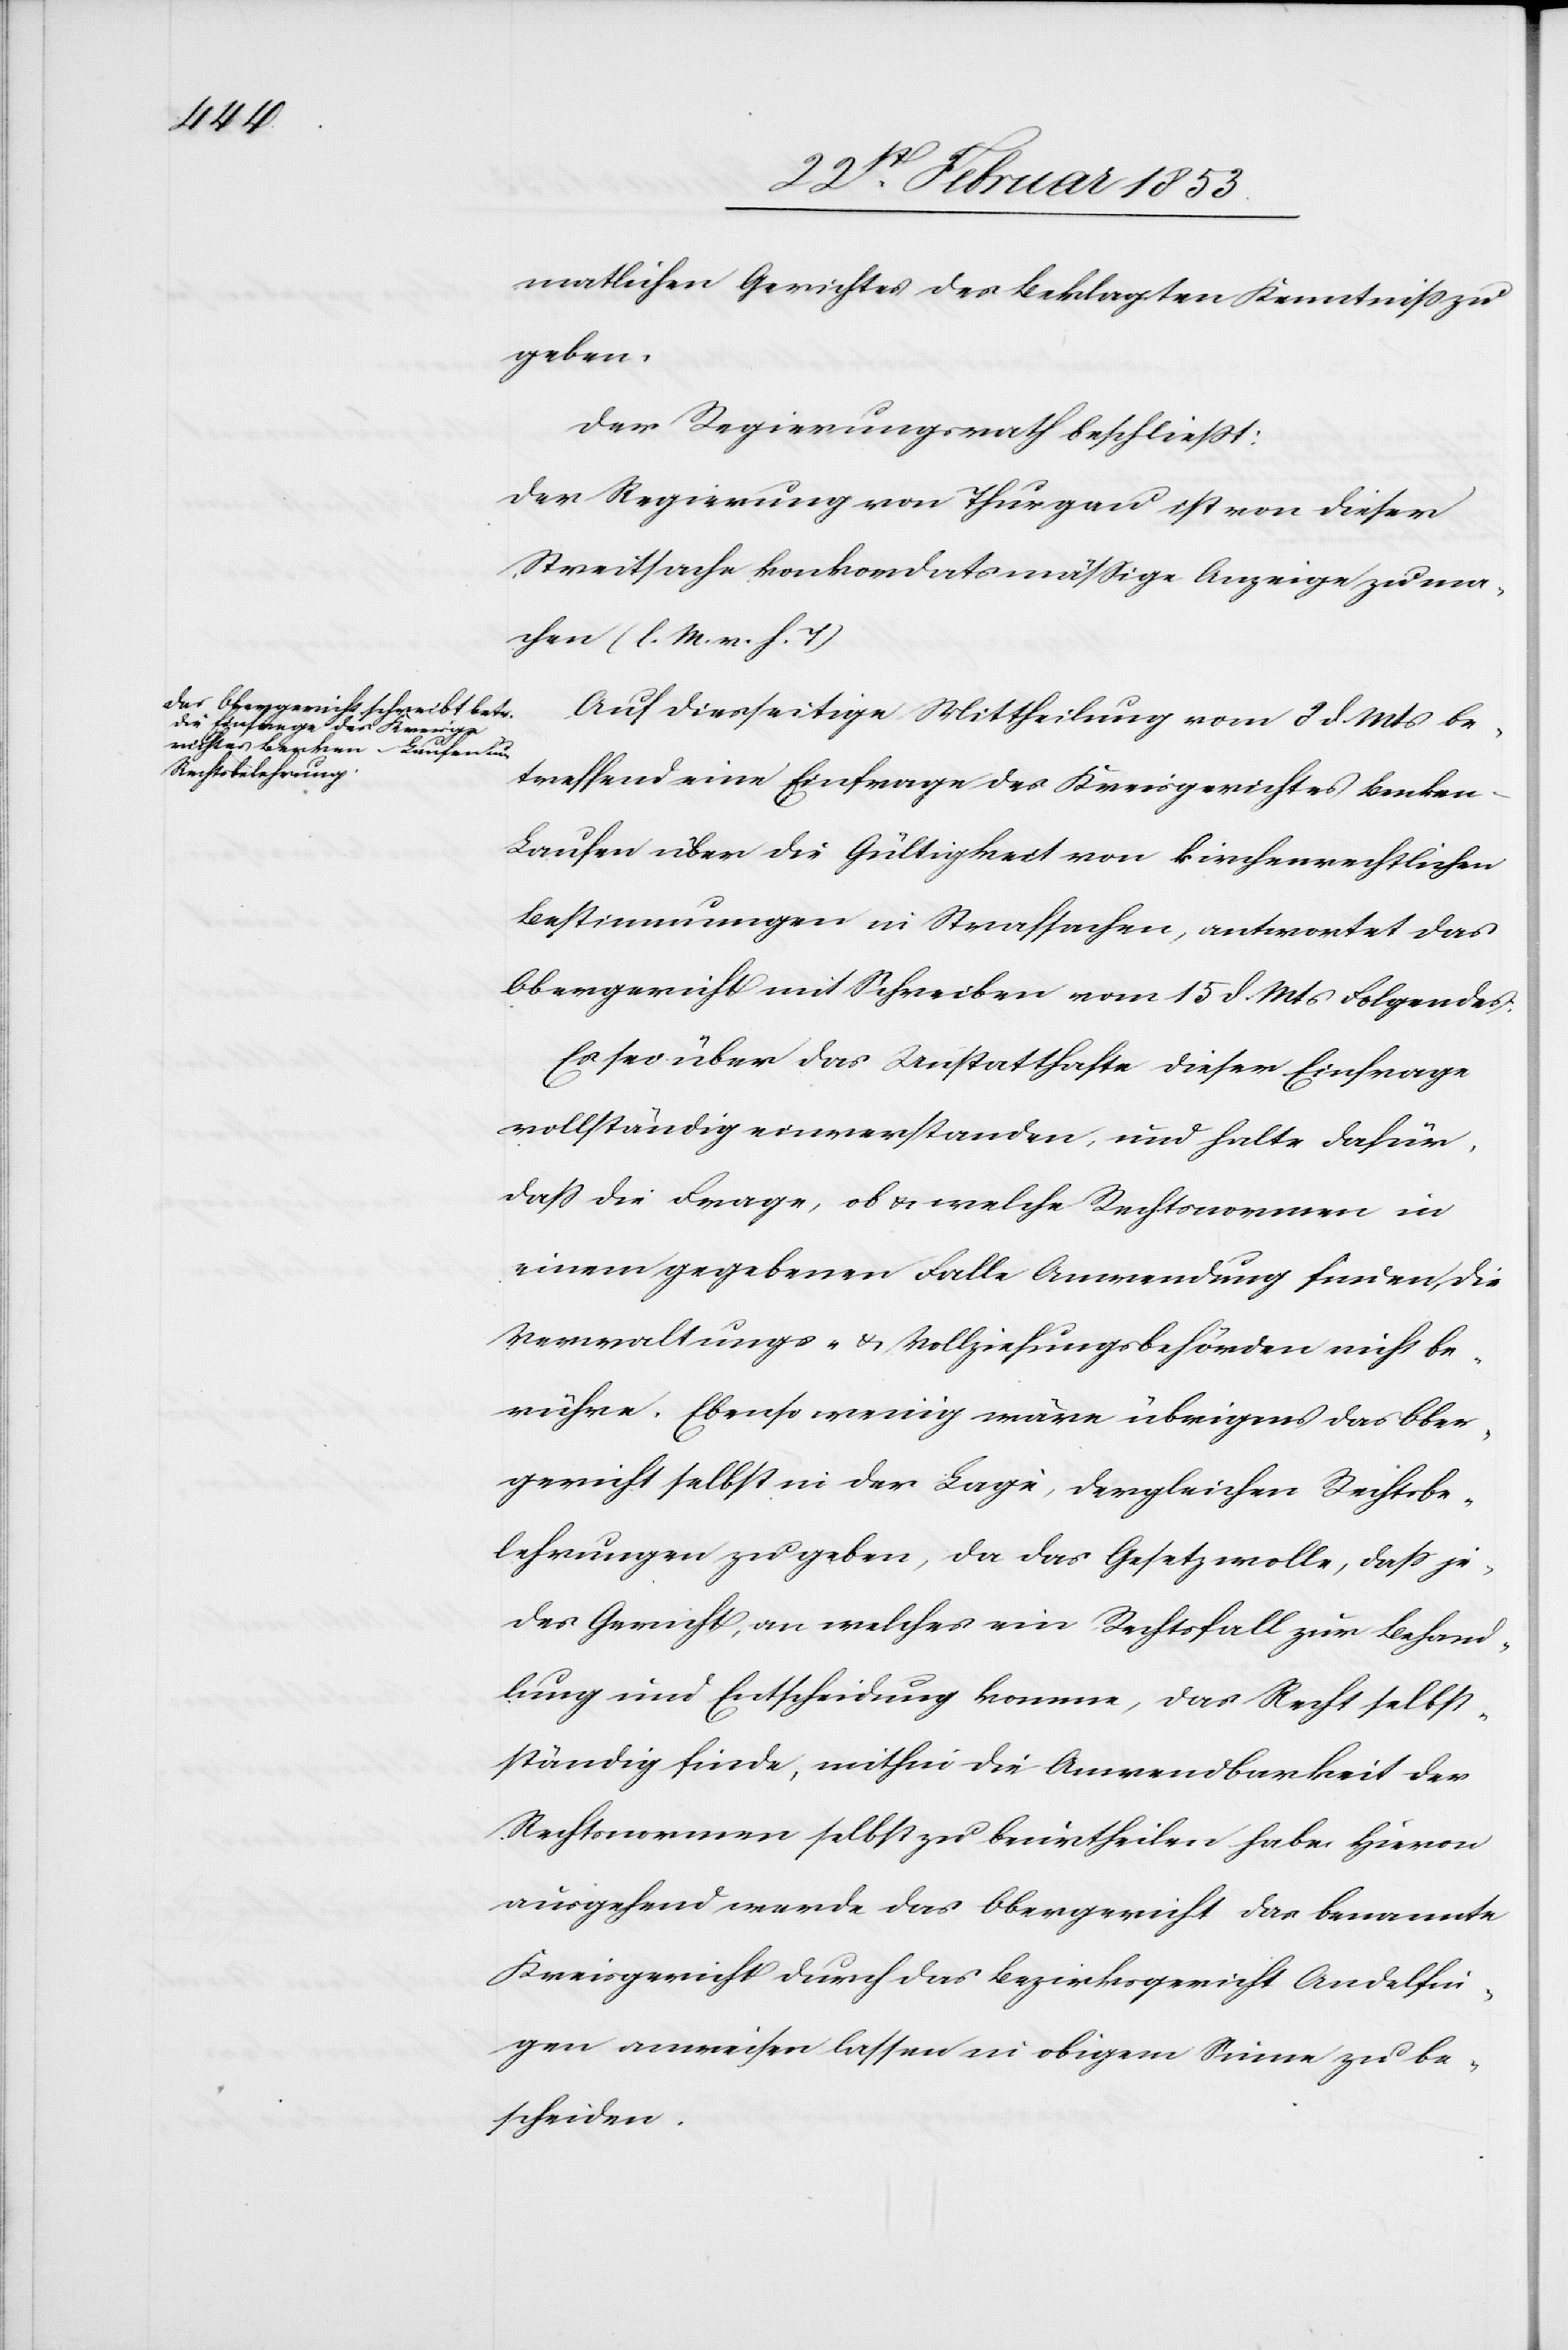
matlichen Gerichtes des Beklagten Kenntniß zu
geben.
Der Regierungsrath beschließt:
Der Regierung von Thurgau ist von dieser
Streitsache konkordatsmäßige Anzeige zu ma¬
chen. [l. M. v. h. T]
Auf diesseitige Mittheilung vom 8 d. Mts. be¬
treffend eine Einfrage des Kreisgerichtes Benke¬
n-Laufen über die Gültigkeit von kirchenrechtlichen
Bestimmungen in Strafsachen, antwortet das
Obergericht mit Schreiben vom 15 d. Mts. Folgendes:
Es sei über das Unstatthafte dieser Einfrage
vollständig einverstanden, und halte dafür,
daß die Frage, ob u. welche Rechtsnormen in
einem gegebenen Falle Anwendung finden, die
Verwaltungs- u. Vollziehungsbehörden nicht be¬
rühre. Ebenso wenig wäre übrigens das Ober¬
gericht selbst in der Lage, dergleichen Rechtsbe¬
lehrungen zu geben, da das Gesetz wolle, daß je¬
des Gericht, an welches ein Rechtsfall zur Behand¬
lung und Entscheidung komme, das Recht selbst¬
ständig finde, mithin die Anwendbarkeit der
Rechtsnormen selbst zu beurtheilen habe. Hievon
ausgehend werde das Obergericht das benannte
Kreisgericht durch das Bezirksgericht Andelfin¬
gen anweisen lassen in obigem Sinne zu be¬
scheiden.